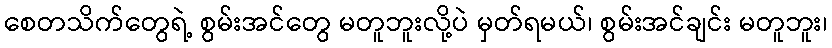
စေတသိက်တွေရဲ့ စွမ်းအင်တွေ မတူဘူးလို့ပဲ မှတ်ရမယ်၊ စွမ်းအင်ချင်း မတူဘူး၊